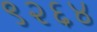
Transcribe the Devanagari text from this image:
९२६४